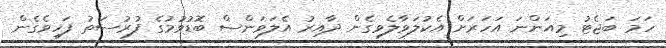
ހަމަ ބަޖެޓު މިއަންނަ އަހަރަށް އެކުލަވާލެވިގެން ދާއިރު އެލަވަންސް ބޮޑުވުމުގެ ފުރުސަތު ފަހިވެގެން